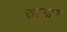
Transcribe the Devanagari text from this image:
राष्टगान